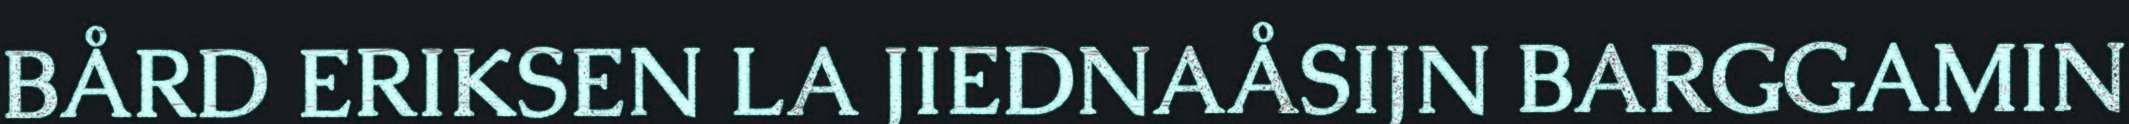
BÅRD ERIKSEN LA JIEDNAÅSIJN BARGGAMIN